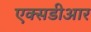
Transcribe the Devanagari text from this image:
एक्सडीआर